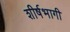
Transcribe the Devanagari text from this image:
शीर्षभागी